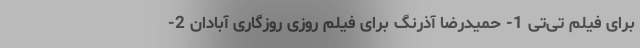
برای فیلم تی‌تی 1- حمیدرضا آذرنگ برای فیلم روزی روزگاری آبادان 2-